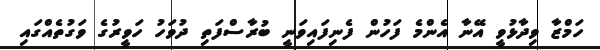
ހަމްޒާ ވިދާޅުވީ އޭނާ އެންމެ ފަހުން ފެނިފައިވަނީ ބުރާސްފަތި ދުވަހު ހަވީރުގެ ވަގުތެއްގައި